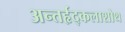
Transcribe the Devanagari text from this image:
अन्तर्हृद्कलाशोथ